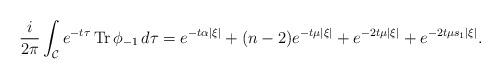
LaTeX: \begin{align*} \frac{i}{2\pi}\int_{\mathcal{C}}e^{-t\tau}\operatorname{Tr}\phi_{-1}\,d\tau = e^{-t\alpha |\xi|}+(n-2)e^{-t\mu|\xi|}+e^{-2t\mu|\xi|}+e^{-2t\mu s_1|\xi|}.\end{align*}